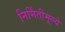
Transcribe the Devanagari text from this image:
निर्मितीमूल्ये